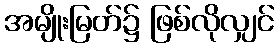
အမျိုးမြတ်၌ ဖြစ်လိုလျှင်